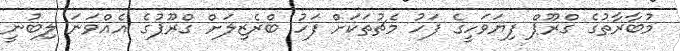
މުބާރާތުގެ ގްރޫޕް ފިޔަވަހީގެ ފަހު މެޗުތަކަށް ފަހު ބްރެޒިލަށް ގްރޫޕުގެ އެއްވަނަ ލިބުނީ